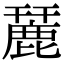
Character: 麉